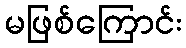
မဖြစ်ကြောင်း